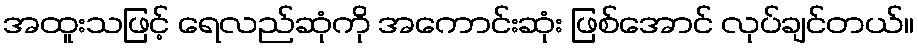
အထူးသဖြင့် ရေလည်ဆုံကို အကောင်းဆုံး ဖြစ်အောင် လုပ်ချင်တယ်။